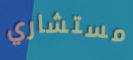
مستشاري